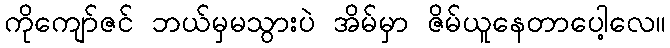
ကိုကျော်ဇင် ဘယ်မှမသွားပဲ အိမ်မှာ ဇိမ်ယူနေတာပေါ့လေ။